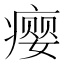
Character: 瘿